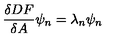
{ \frac { \delta D F } { \delta A } } \psi _ { n } = \lambda _ { n } \psi _ { n }